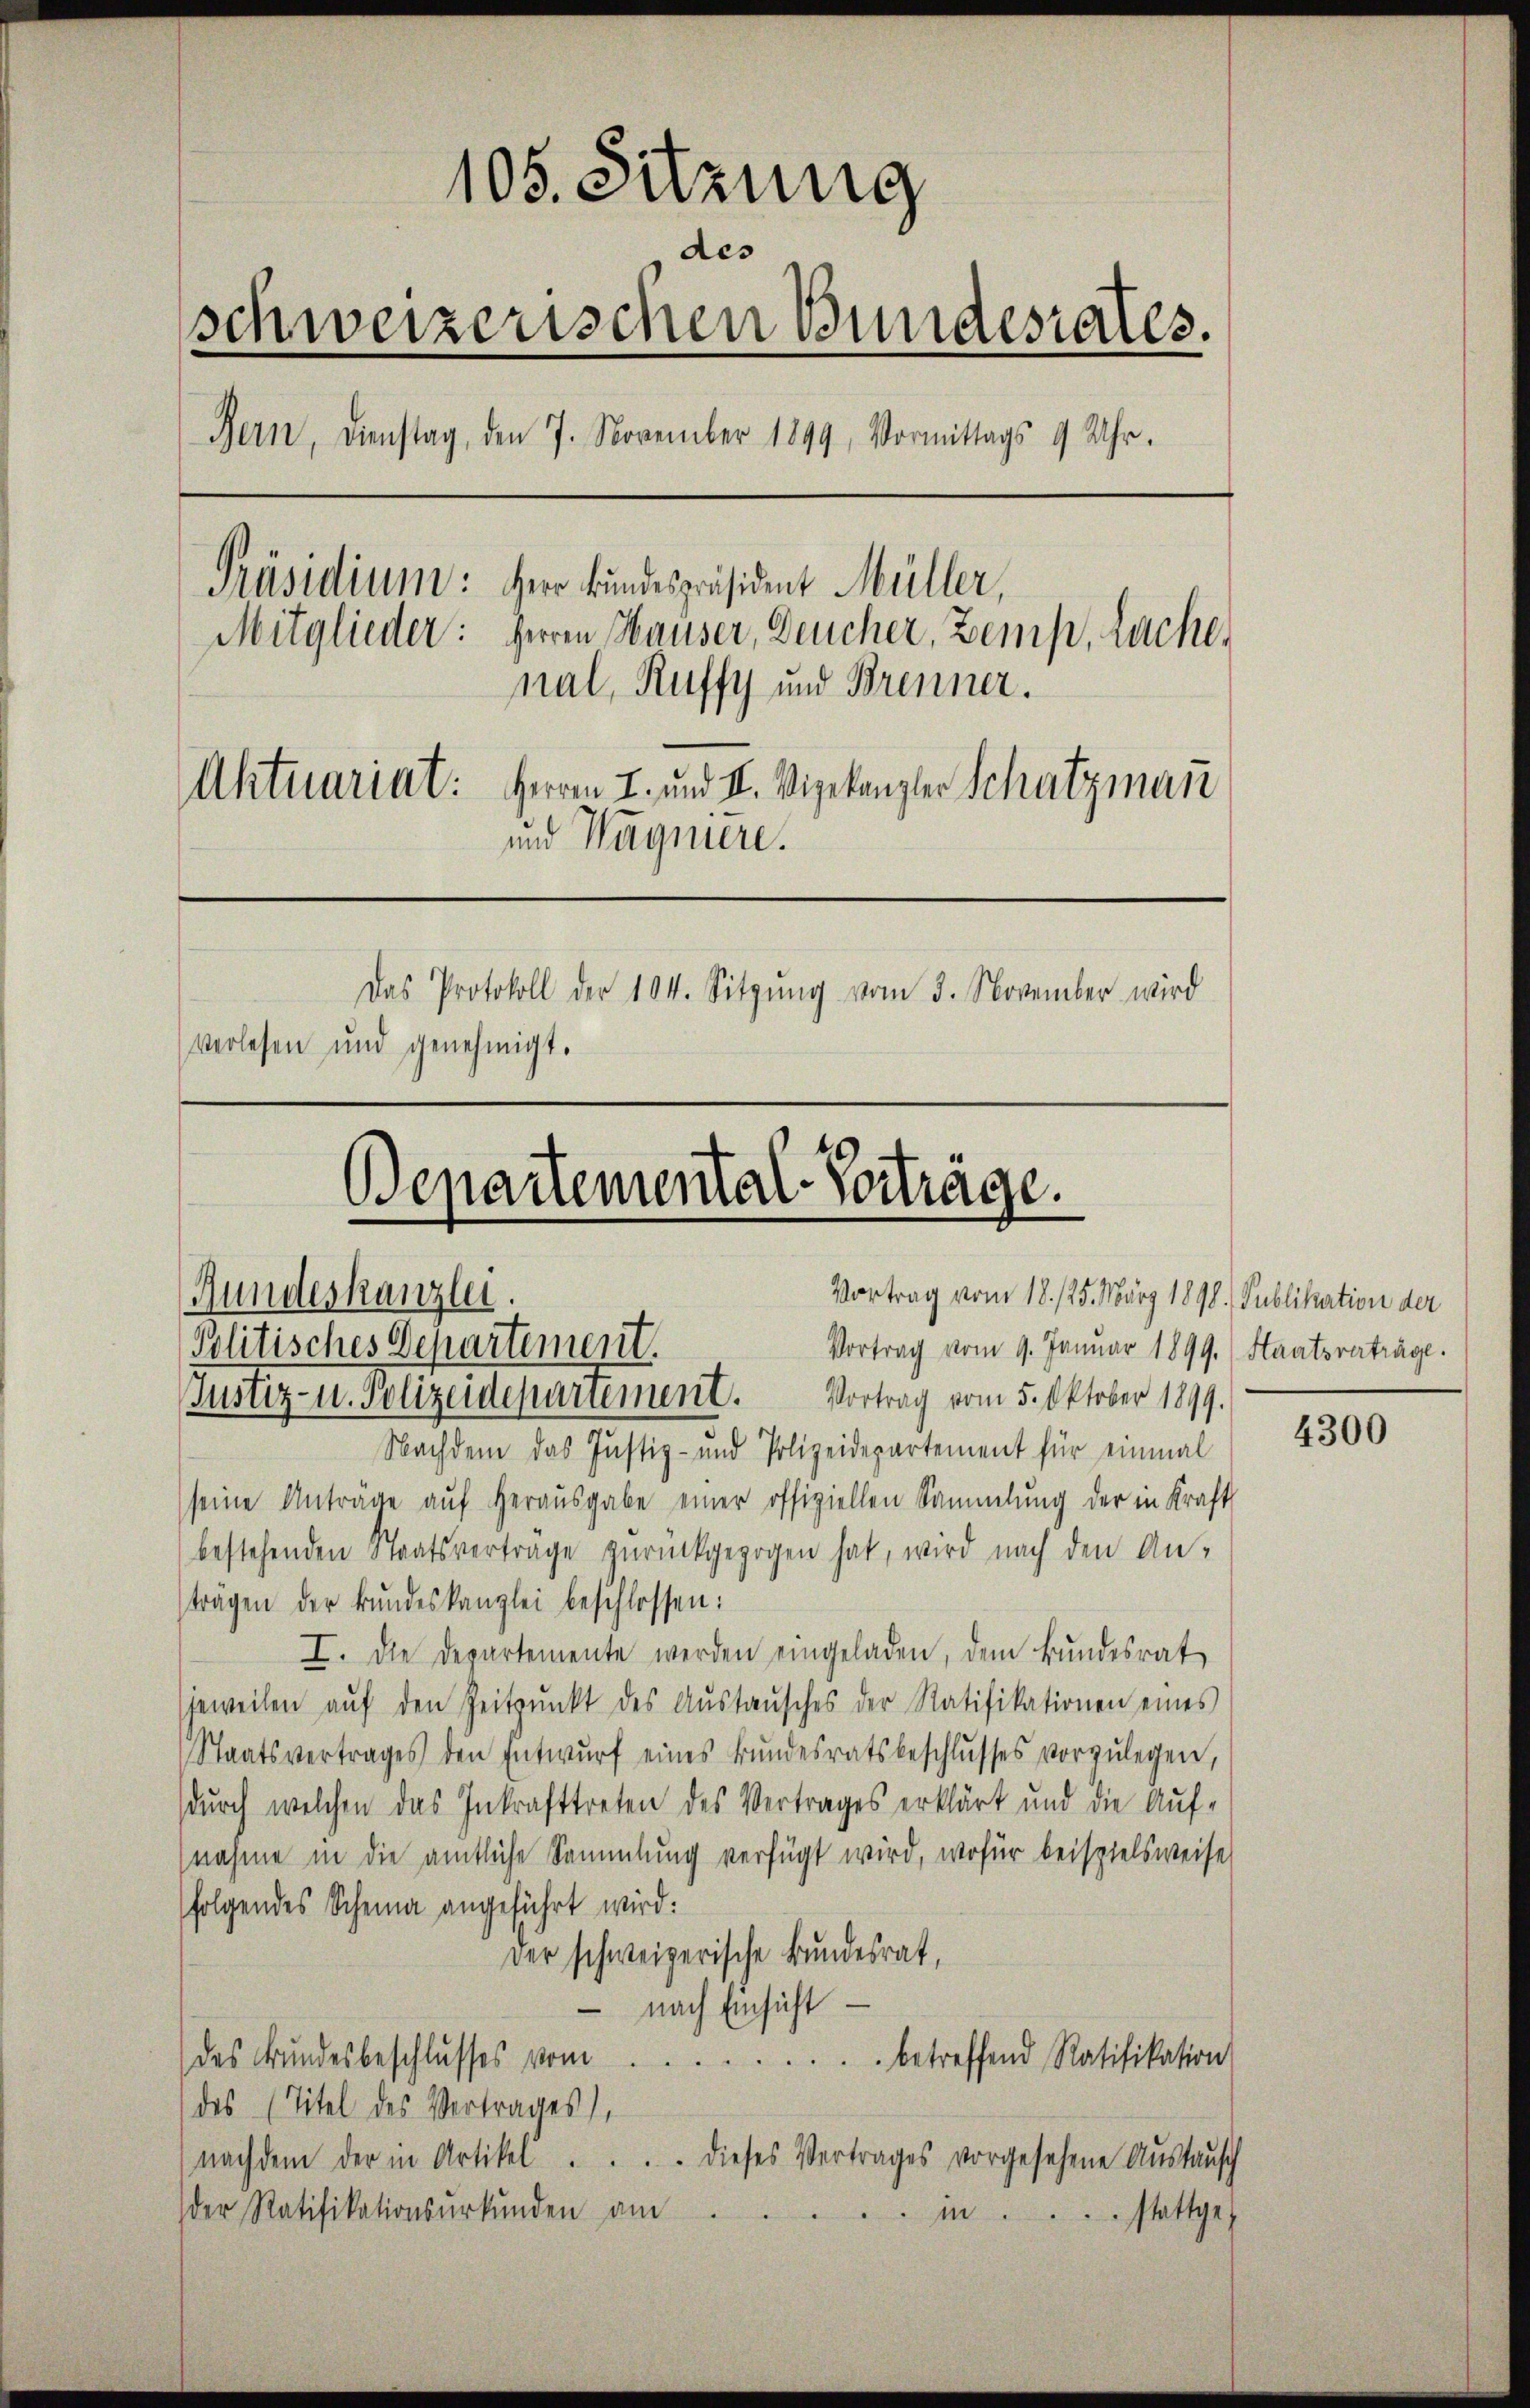
105. Sitzung
des
schweizerischen Bundesrates.
Bern, Dienstag, den 7. November 1899, Vormittags 9 Uhr.
Präsidium: Herr Bundespräsident Müller,
Mitglieder: Herren Hauser, Deucher, Zemp, Lache,
nal, Ruffy und Brenner.
Aktuariat: Herrn I. und II. Vizekanzler Schatzman
und Wagniere.
Das Protokoll der 104. Sitzŭng vom 3. November wird
verlesen und genehmigt.

Bepartemental-Vortrage.
Vortrag vom 18. 125. März 1890. Publikation der
Rundeskanzlei.
Vortrag vom 9. Januar 1899. Staatsverträge.
Politisches Departement.

Nachdem das Justiz- und Polizeidepartement für einmal
seine Anträge aŭf herausgabe einer offiziellen Sammlung der in Kraft
bestehenden Staatsvertrage zŭrückgezogen hat, wird nach den An-
trägen der Bundeskanzlei beschlossen:
I. Die Departemente werden eingeladen, dem Bundesrat
jeweilen aŭf den Zeitpunkt des Aŭstaŭsches der Ratifikationen eines
Staatsvertrages den Entwurf eines Bundesratsbeschlusses vorzŭlegen,
durch welchen das Inkrafttreten des Vertrages erklärt und die Auf-
nahme in die amtliche Sammlung verfügt wird, wofür beispielsweise
folgendes Scheina angeführt wird:
der schweizerische Bundesrat,
nach Einsicht
des Bundesbeschlusses vom
betreffend Ratifikation
des (Titel des Vertrages),
nachdem der in Artikel . . . . dieses Vertrages vorgesehene Aŭstaŭsch
der Ratifikationsurkunden am
m.
stattge¬

Justiz- u. Polizeidepartement. Vortrag vom 5. Oktober 1899.

4300